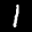
Label: 1